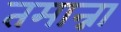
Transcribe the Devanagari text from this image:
तमान्ना